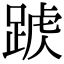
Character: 𨂑